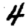
Digit: 4